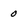
Character: 0